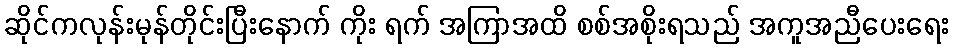
ဆိုင်ကလုန်းမုန်တိုင်းပြီးနောက် ကိုး ရက် အကြာအထိ စစ်အစိုးရသည် အကူအညီပေးရေး